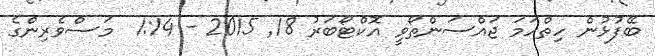
ބޭފުޅުން ހިތްހަމަ ޖައްސަންތޯވީ އޮކްޓޯބަރު 18